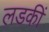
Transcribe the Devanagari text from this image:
लडकीं